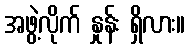
အဖွဲ့လိုက် နှုန်း ရှိလား။